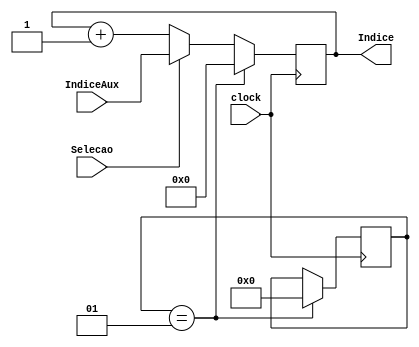
module PC (clock, Indice, IndiceAux, Selecao);

	input wire clock, Selecao;
  input wire [9:0] IndiceAux; // Depende do tamanho do ADDR_WIDTH?
  output wire [9:0] Indice;
  reg [9:0] IndiceAtual;
  
	integer contador = 1;
	
	
	always @(posedge clock) begin
		if (contador == 1) begin
			IndiceAtual = 10'b0;
			contador = 0;
		end
		
		else if (Selecao == 1) 
		begin
      IndiceAtual = IndiceAux;
		end
	
		else
		
		begin
      IndiceAtual = IndiceAtual + 1;
		end
	
	end
	
  assign Indice = IndiceAtual;
	
endmodule